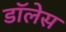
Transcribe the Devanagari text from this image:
डॉलेस